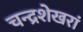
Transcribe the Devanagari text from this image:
चन्द्रशेखरां